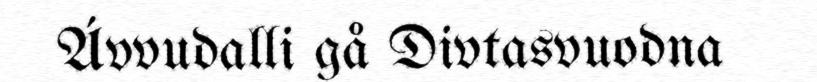
Ávvudalli gå Divtasvuodna